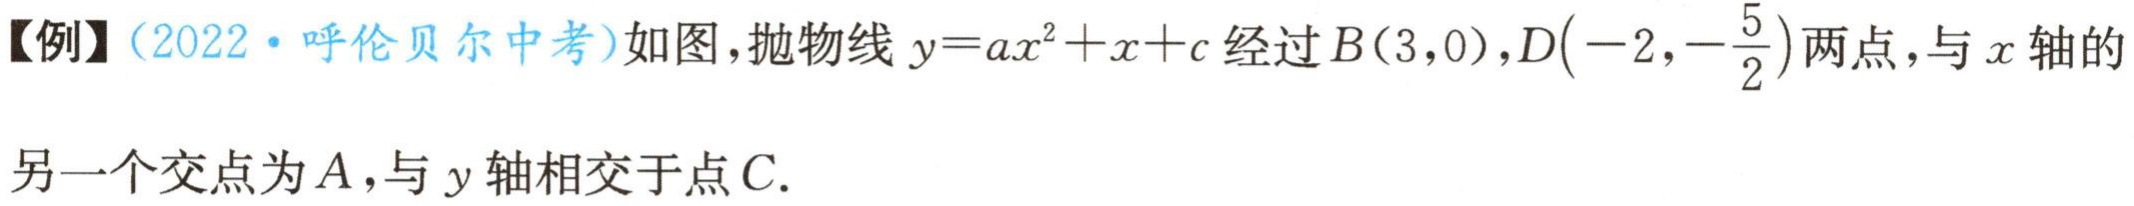
【例】（2022·呼伦贝尔中考）如图，抛物线\(y = ax^{2}+x + c\)经过\(B(3,0)\)，\(D\left(-2,-\frac{5}{2}\right)\)两点，与\(x\)轴的另一个交点为\(A\)，与\(y\)轴相交于点\(C\).